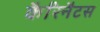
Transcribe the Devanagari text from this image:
कैरिनैटस